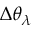
\Delta \theta _ { \lambda }